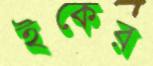
ইকের